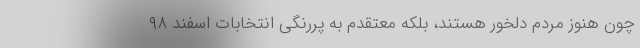
چون هنوز مردم دلخور هستند، بلکه معتقدم به پررنگی انتخابات اسفند ۹۸